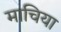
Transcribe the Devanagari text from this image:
माचिया